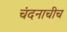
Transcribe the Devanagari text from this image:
चंदनाचीच